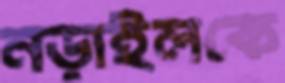
নড়াইলকে